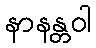
နာနန္တဝါ